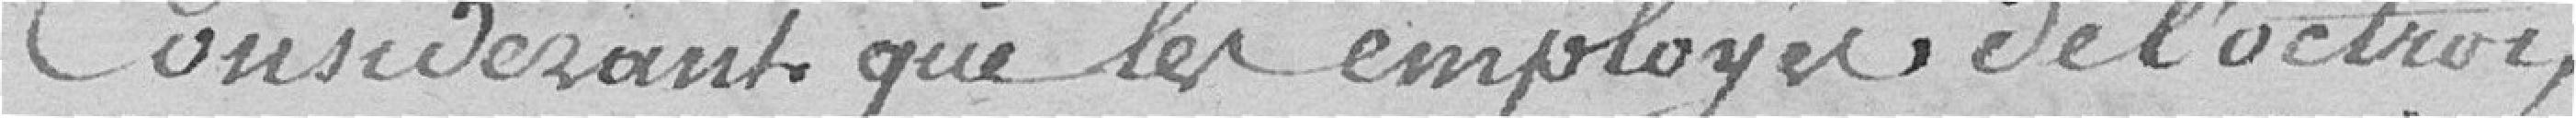
Considéreant que les employés de l'octroi,